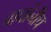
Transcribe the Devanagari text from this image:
वाघांनीच